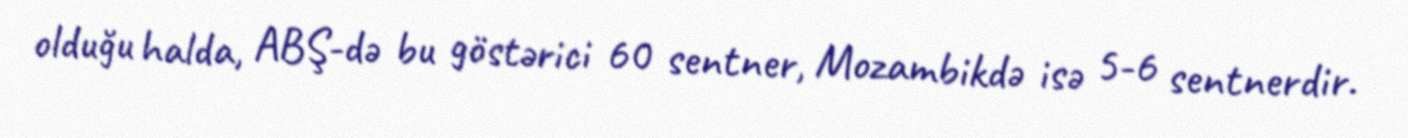
olduğu halda, ABŞ-də bu göstərici 60 sentner, Mozambikdə isə 5-6 sentnerdir.